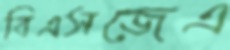
বিএসজেএ